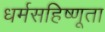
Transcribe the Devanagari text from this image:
धर्मसहिष्णूता